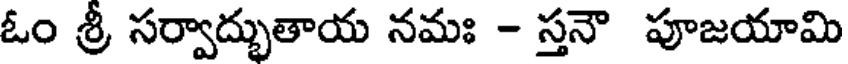
ఓం శ్రీ సర్వాద్భుతాయ నమః - స్తనౌ పూజయామి